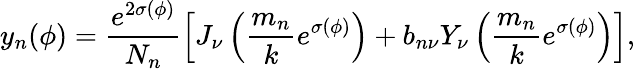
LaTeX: y_{n}(\phi)=\frac{e^{2\sigma(\phi)}}{N_{n}}\left[J_{\nu}\left({\frac{m_{n}}{k}}e^{\sigma(\phi)}\right)+b_{n\nu}Y_{\nu}\left({\frac{m_{n}}{k}}e^{\sigma(\phi)}\right)\right],